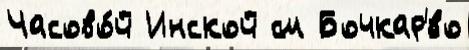
Часово́й Инской см Бочкар'́во